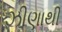
ઝીણાથી